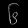
Digit: ၆